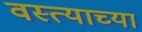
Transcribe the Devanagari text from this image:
वस्त्याच्या